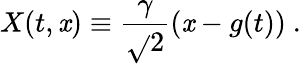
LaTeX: X(t,\mathit{x})\equiv{\frac{{\gamma}}{{\sqrt{}{{2}}}}}(\mathit{x}-g(t))\ .